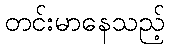
တင်းမာနေသည့်